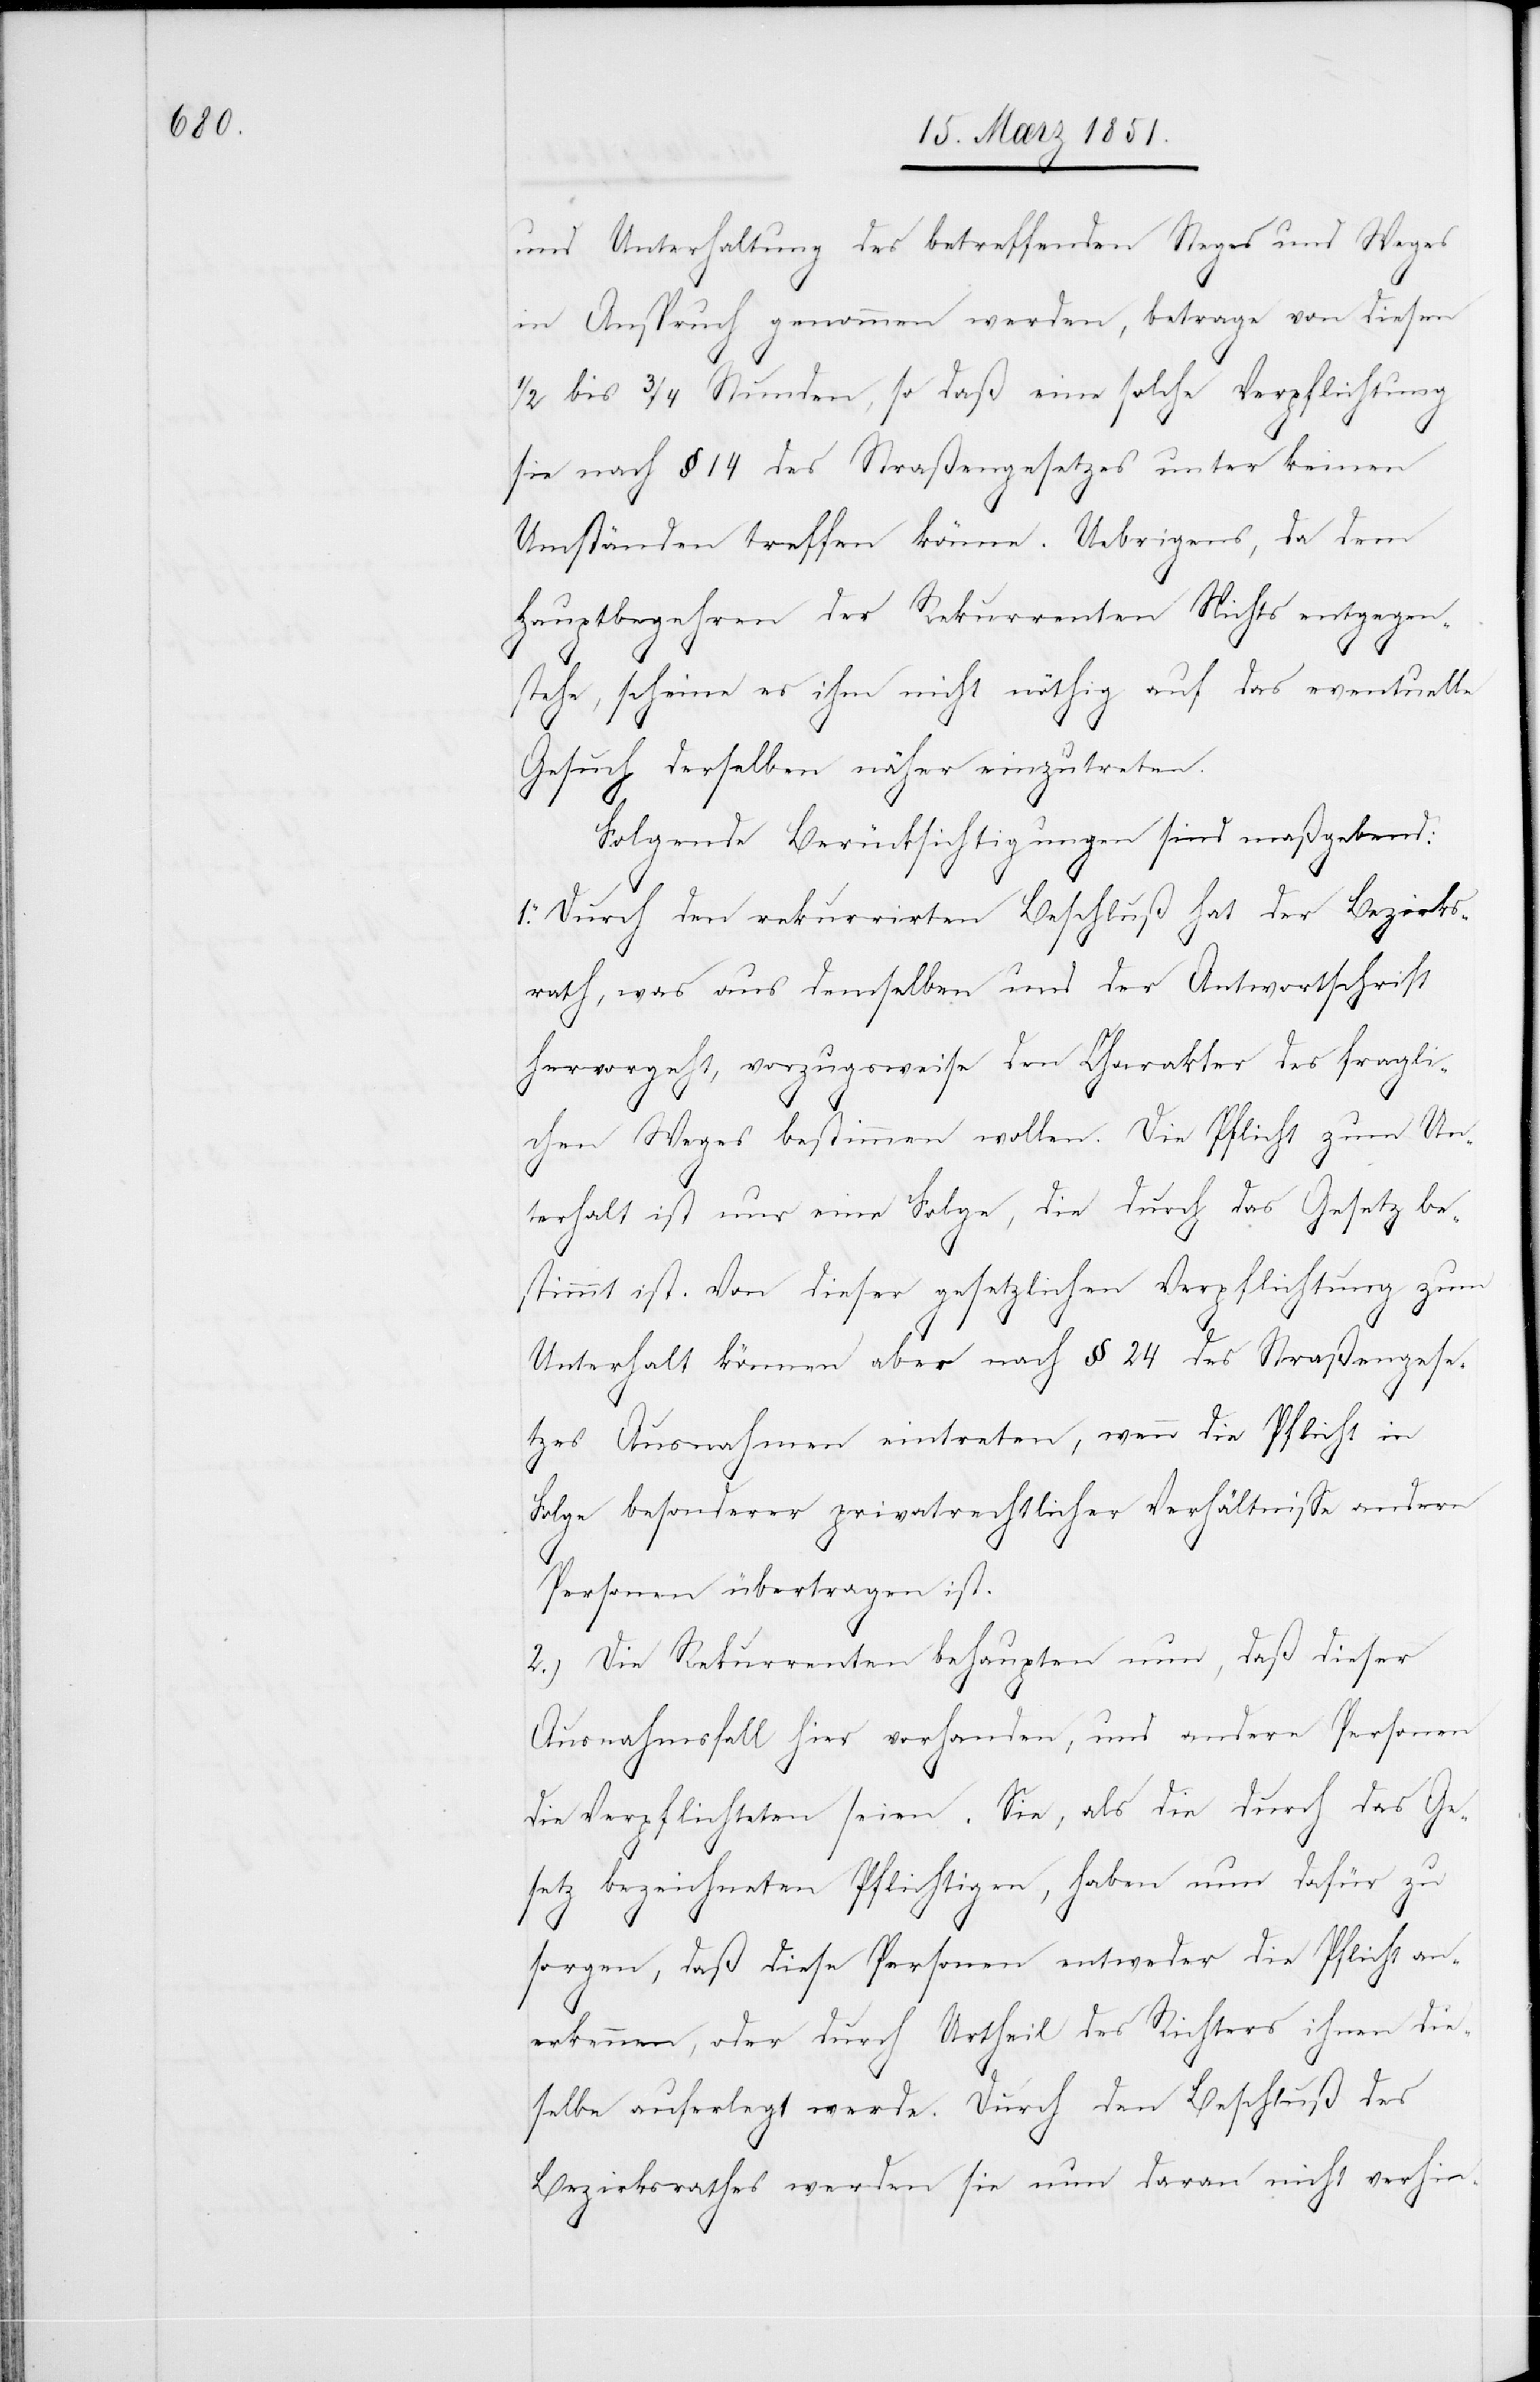
und Unterhaltung des betreffenden Steges und Weges
in Anspruch genommen werden, betrage von diesen
1/2 bis 3/4 Stunden, so daß eine solche Verpflichtung
sie nach § 14 des Straßengesetzes unter keinen
Umständen treffen könne. Uebrigens, da dem
Hauptbegehren der Rekurrenten Nichts entgegen¬
stehe, scheine es ihm nicht nöthig auf das eventuelle
Gesuch derselben näher einzutreten.
Folgende Berücksichtigungen sind maßgebend:
Durch den rekurrirten Beschluß hat der Bezirks¬
rath, was aus demselben und der Antwortschrift
hervorgeht, vorzugsweise den Charakter des fragli¬
chen Weges bestimmen wollen. Die Pflicht zum Un¬
terhalt ist nur eine Folge, die durch das Gesetz be¬
stimmt ist. Von dieser gesetzlichen Verpflichtung zum
Unterhalt können aber nach § 24 des Straßengese¬
tzes Ausnahmen eintreten, wenn die Pflicht in
Folge besonderer privatrechtlicher Verhältnisse andern
Personen übertragen ist.
2.) Die Rekurrenten behaupten nun, daß dieser
Ausnahmsfall hier vorhanden, und andere Personen
die Verpflichteten seien. Sie, als die durch das Ge¬
setz bezeichneten Pflichtigen, haben nun dafür zu
sorgen, daß diese Personen entweder die Pflicht an¬
erkennen, oder durch Urtheil des Richters ihnen die¬
selbe auferlegt werde. Durch den Beschluß des
Bezirksrathes werden sie nun daran nicht verhin-